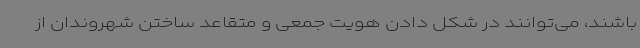
باشند، می‌توانند در شکل دادن هویت جمعی و متقاعد ساختن شهروندان از